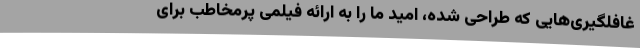
غافلگیری‌هایی که طراحی شده، امید ما را به ارائه‌ فیلمی پرمخاطب برای